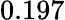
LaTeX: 0.197